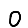
Digit: 0